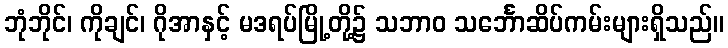
ဘုံဘိုင်၊ ကိုချင်၊ ဂိုအာနှင့် မဒရပ်မြို့တို့၌ သဘာဝ သင်္ဘောဆိပ်ကမ်းများရှိသည်။